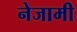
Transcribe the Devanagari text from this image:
नेजामी